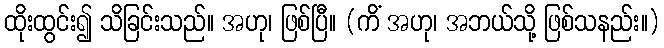
ထိုးထွင်း၍ သိခြင်းသည်။ အဟု၊ ဖြစ်ပြီ။ (ကိံ အဟု၊ အဘယ်သို့ ဖြစ်သနည်း။)